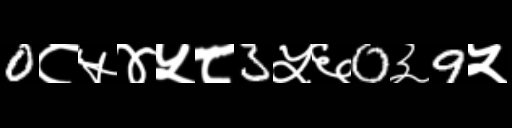
Text: 0८५४५८3५६0३9५